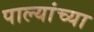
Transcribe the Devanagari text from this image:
पाल्यांच्या